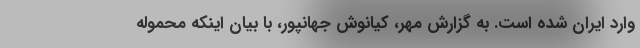
وارد ایران شده است. به گزارش مهر، کیانوش جهانپور، با بیان اینکه محموله